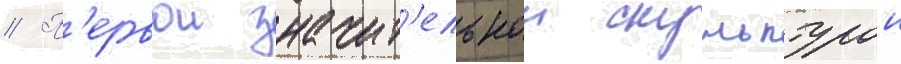
// П'ервои значит'ельнои скульптурои